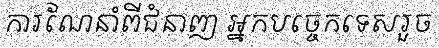
ការណែនាំពីជំនាញ អ្នកបច្ចេកទេសរួច